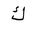
Letter: _kaf